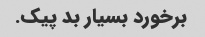
برخورد بسیار بد پیک.